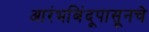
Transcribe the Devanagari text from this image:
आरंभबिंदूपासूनचे